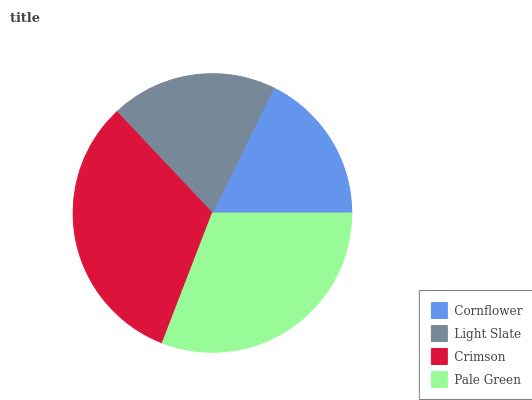
| Cornflower | Light Slate | Crimson | Pale Green |
 | --- | --- | --- | --- |
 | 17.7% | 19.3% | 32.2% | 30.9% |